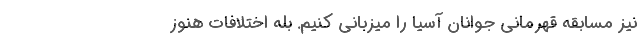
نیز مسابقه قهرمانی جوانان آسیا را میزبانی کنیم. بله اختلافات هنوز